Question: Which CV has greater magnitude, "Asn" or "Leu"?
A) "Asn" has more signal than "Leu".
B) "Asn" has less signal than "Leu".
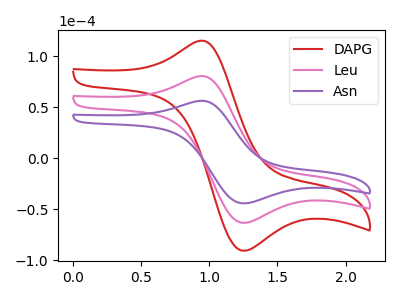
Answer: <think>The red curve "DAPG" has an anodic peak at (0.90V, 160.50uA) and a cathodic peak at (1.25V, -126.80uA). The pink curve "Leu" has an anodic peak at (0.90V, 80.25uA) and a cathodic peak at (1.25V, -63.40uA). The purple curve "Asn" has an anodic peak at (0.90V, 56.05uA) and a cathodic peak at (1.25V, -44.30uA).
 All the peaks in "Asn" have a peak in "Leu" at the same potential. Every peak in "Asn" is lower than every peak in "Leu".</think>
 <answer>B) "Asn" has less signal than "Leu".</answer>
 <eval>B</eval>